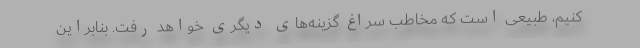
کنیم، طبیعی است که مخاطب سراغ گزینه‌های دیگری خواهد رفت. بنابراین